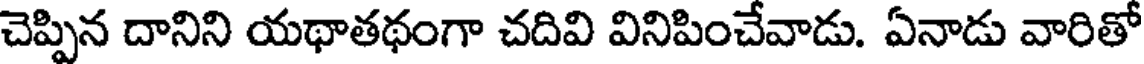
చెప్పిన దానిని యథాతథంగా చదివి వినిపించేవాడు. ఏనాడు వారితో